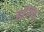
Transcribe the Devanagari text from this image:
हल्दि